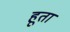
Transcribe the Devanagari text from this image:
हूता